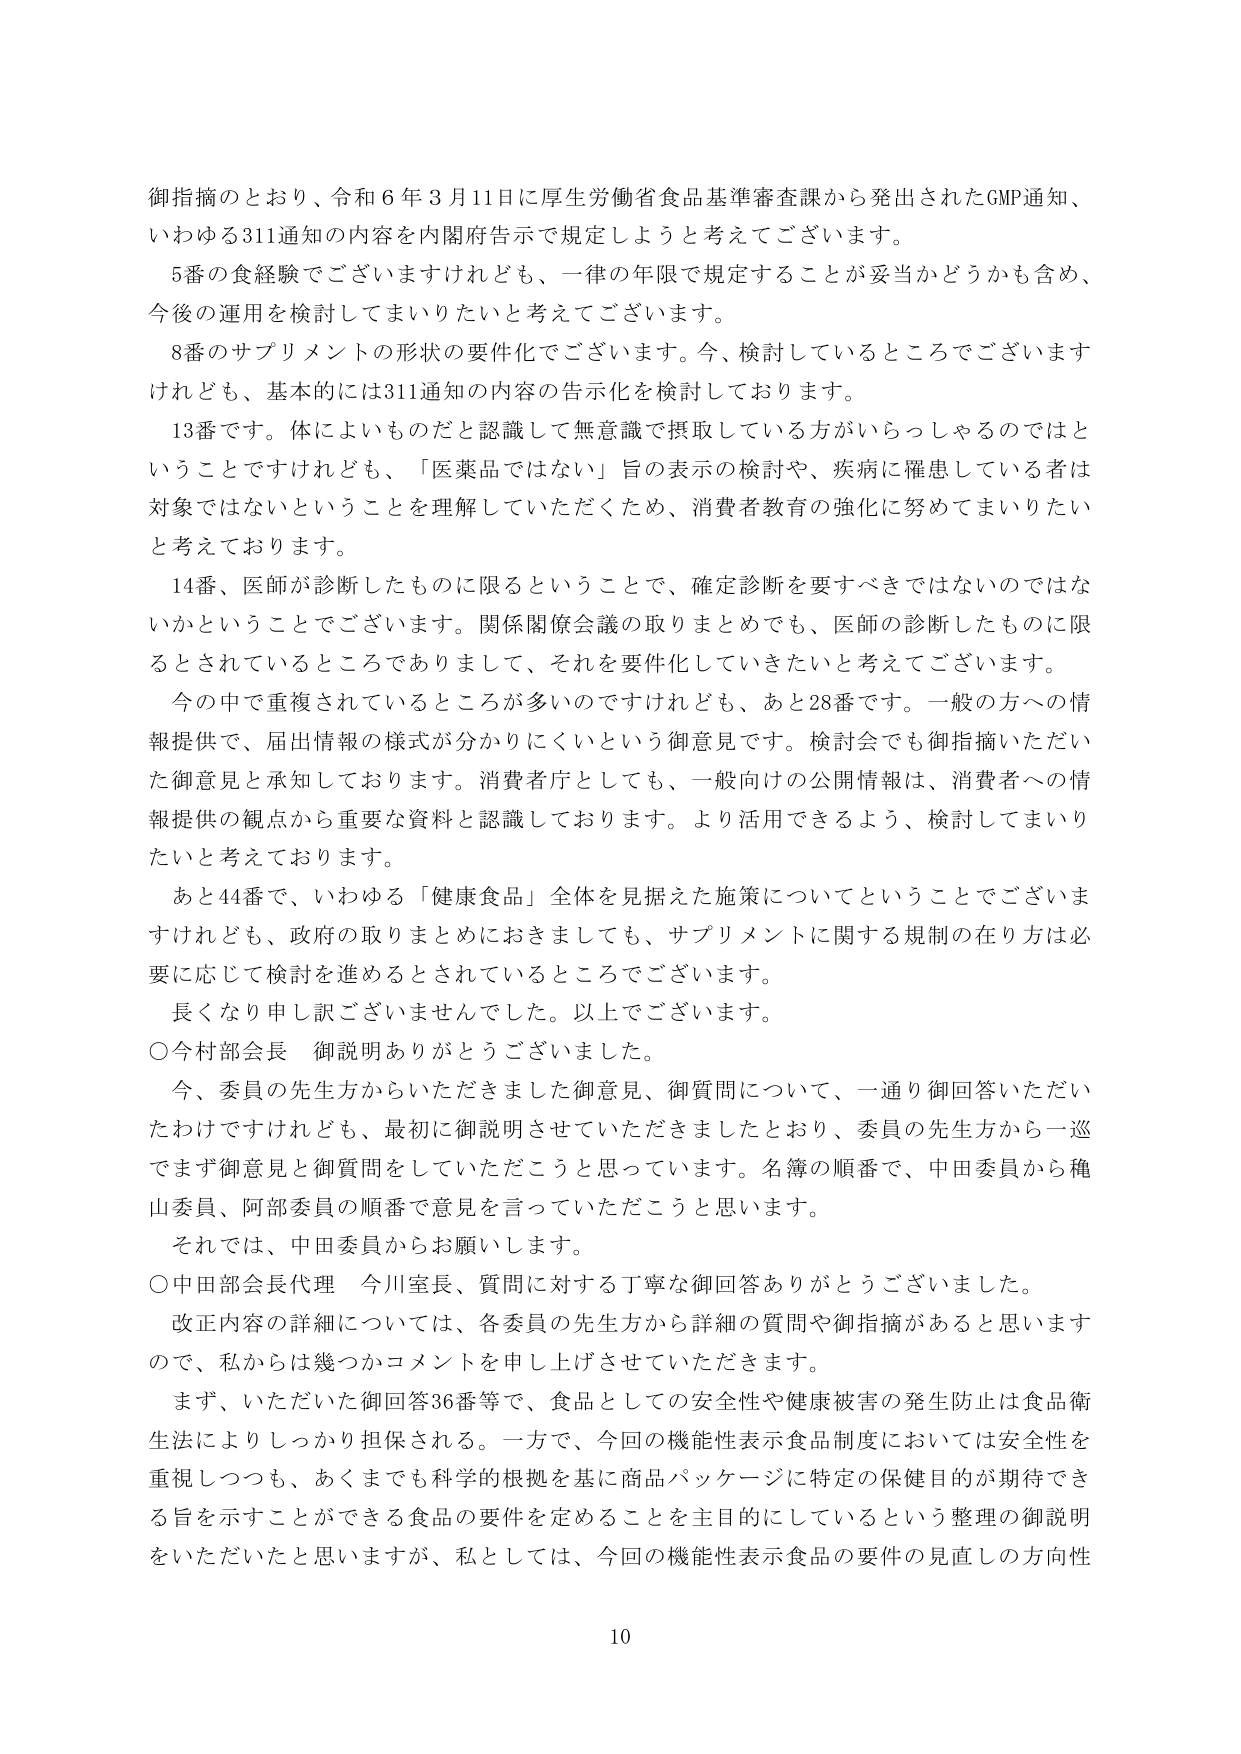
御指摘のとおり、令和６年３月11日に厚生労働省食品基準審査課から発出されたGMP通知、いわゆる311通知の内容を内閣府告示で規定しようと考えております。

５番の食経験でございますけれども、一律の年限で規定することが妥当かどうかも含め、今後の運用を検討してまいりたいと考えております。

８番のサプリメントの形状の要件化でございます。今、検討しているところでございますけれども、基本的には311通知の内容の告示化を検討しております。

13番です。体によいものだと認識して無意識で摂取している方がいらっしゃるのではということですけれども、「医薬品ではない」旨の表示の検討や、疾病に罹患している者は対象ではないということを理解していただくため、消費者教育の強化に努めてまいりたいと考えております。

14番、医師が診断したものに限るということで、確定診断を要すべきではないのではないかということでございます。関係関係会議の取りまとめでも、医師の診断したものに限るとされているところでありますして、それを要件化していきたいと考えております。

今の中で重複されているところが多いのですけれども、あと28番です。一般の方への情報提供で、届出情報の様式が分かりにくいという御意見です。検討会でも御指摘いただいた御意見と承知しております。消費者庁としても、一般向けの公開情報は、消費者への情報提供の観点から重要な資料と認識しております。より活用できるよう、検討してまいりたいと考えております。

あと44番で、いわゆる「健康食品」全体を見据えた施策についてということでございますけれども、政府の取りまとめにおきましても、サプリメントに関する規制の在り方は必要に応じて検討を進めるとされているところでございます。

長くなり申し訳ございませんでした。以上でございます。

○今村部会長 御説明ありがとうございました。

今、委員の先生方からいただきました御意見、御質問について、一通り御回答いただいたわけですがけれども、最初に御説明させていただきましたとおり、委員の先生方から一巡でまず御意見と御質問をしていただくこう思っています。名簿の順番で、中田委員から穐山委員、阿部委員の順番で意見を言っていただこうと思います。

それでは、中田委員からお願いします。

○中田部会長代理 今川室長、質問に対する丁寧な御回答ありがとうございました。

改正内容の詳細については、各委員の先生方から詳細の質問や御指摘があると思いますので、私からは幾つかコメントを申し上げさせていただきます。

まず、いただいた御回答36番等で、食品としての安全性や健康被害の発生防止は食品衛生法によりしっかり担保される。一方で、今回の機能性表示食品制度においては安全性を重視しつつも、あくまでも科学的根拠を基に商品パッケージに特定の保健目的が期待できる旨を示すことができる食品の要件を定めることを主目的としているという整理の御説明をいただいたと思いますが、私としては、今回の機能性表示食品の要件の見直しの方向性

10